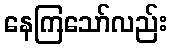
နေကြသော်လည်း